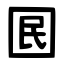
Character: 囻